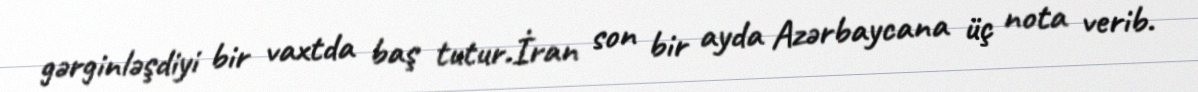
gərginləşdiyi bir vaxtda baş tutur.İran son bir ayda Azərbaycana üç nota verib.